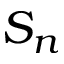
S _ { n }